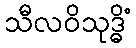
သီလဝိသုဒ္ဓိံ